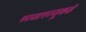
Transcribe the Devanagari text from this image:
मज्जारज्जूकडे